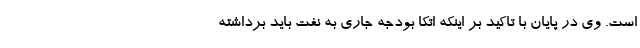
است. وی در پایان با تاکید بر اینکه اتکا بودجه جاری به نفت باید برداشته